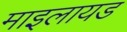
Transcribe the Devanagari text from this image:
माइलायड